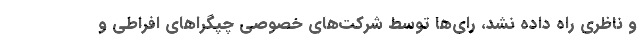
و ناظری راه داده نشد، رای‌ها توسط شرکت‌های خصوصی چپگراهای افراطی و